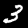
Label: 3